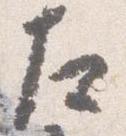
左